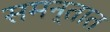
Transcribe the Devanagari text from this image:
समन्तात